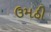
ઉમઠી